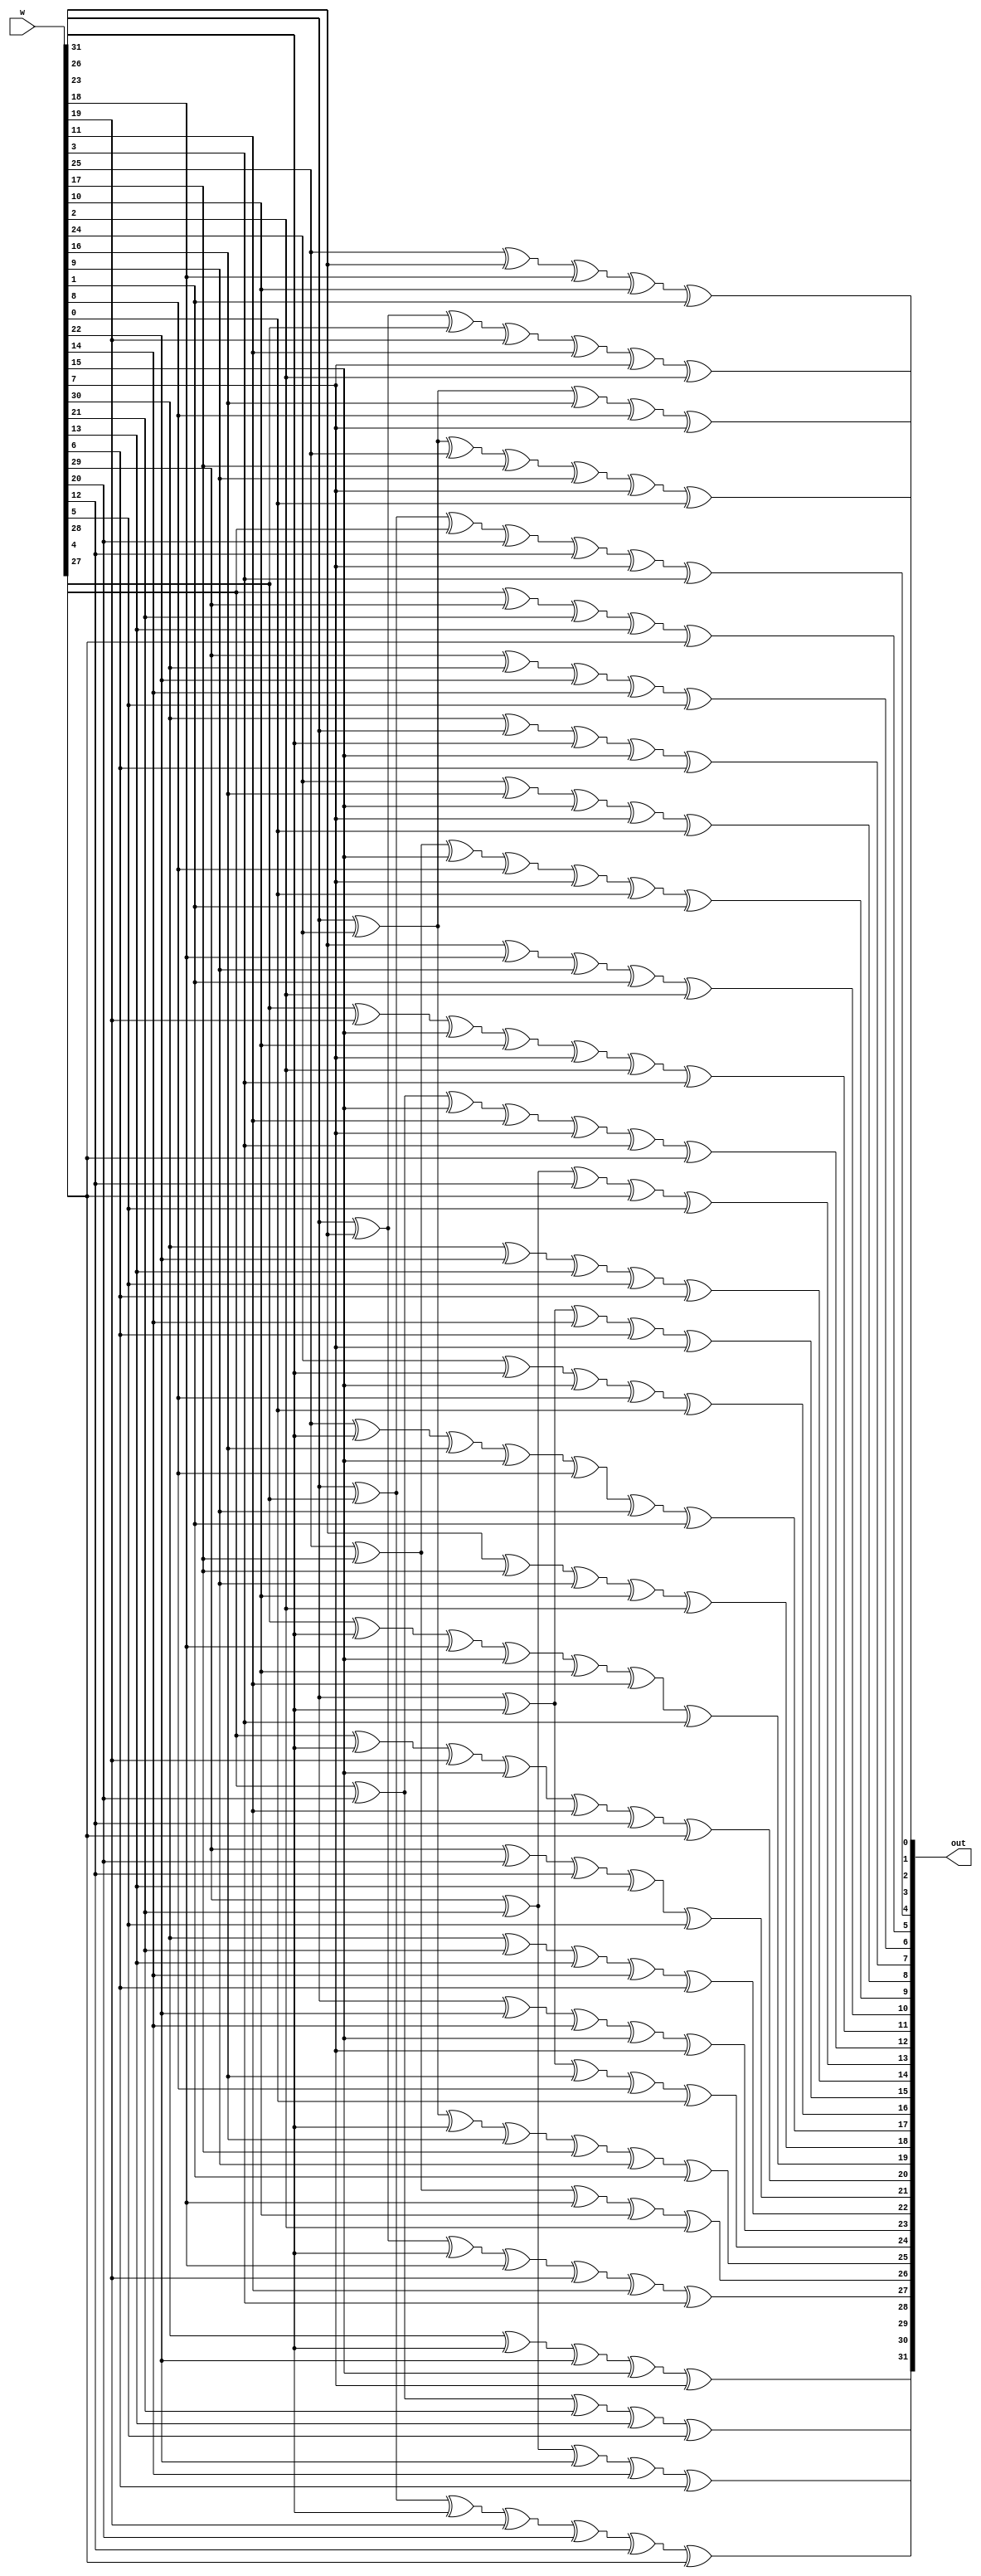
module mixw (
	input	[31:0]	w,
	output	[31:0]	out
);

assign out[31] = w[30] ^ w[23] ^ w[22] ^ w[15] ^ w[7];
assign out[30] = w[29] ^ w[21] ^ w[22] ^ w[14] ^ w[6];
assign out[29] = w[28] ^ w[20] ^ w[21] ^ w[13] ^ w[5];
assign out[28] = w[31] ^ w[27] ^ w[23] ^ w[19] ^ w[20] ^ w[12] ^ w[4];
assign out[27] = w[31] ^ w[26] ^ w[23] ^ w[18] ^ w[19] ^ w[11] ^ w[3];
assign out[26] = w[25] ^ w[17] ^ w[18] ^ w[10] ^ w[2];
assign out[25] = w[31] ^ w[24] ^ w[23] ^ w[16] ^ w[17] ^ w[9]  ^ w[1];
assign out[24] = w[31] ^ w[23] ^ w[16] ^ w[8]  ^ w[0];
assign out[23] = w[31] ^ w[22] ^ w[14] ^ w[15] ^ w[7];
assign out[22] = w[30] ^ w[21] ^ w[13] ^ w[14] ^ w[6];
assign out[21] = w[29] ^ w[20] ^ w[12] ^ w[13] ^ w[5];
assign out[20] = w[28] ^ w[23] ^ w[19] ^ w[15] ^ w[11] ^ w[12] ^ w[4];
assign out[19] = w[27] ^ w[23] ^ w[18] ^ w[15] ^ w[10] ^ w[11] ^ w[3];
assign out[18] = w[26] ^ w[17] ^ w[9]  ^ w[10] ^ w[2];
assign out[17] = w[25] ^ w[23] ^ w[16] ^ w[15] ^ w[8]  ^ w[9]  ^ w[1];
assign out[16] = w[24] ^ w[23] ^ w[15] ^ w[8]  ^ w[0];
assign out[15] = w[31] ^ w[23] ^ w[14] ^ w[6]  ^ w[7];
assign out[14] = w[30] ^ w[22] ^ w[13] ^ w[5]  ^ w[6];
assign out[13] = w[29] ^ w[21] ^ w[12] ^ w[4]  ^ w[5];
assign out[12] = w[28] ^ w[20] ^ w[15] ^ w[11] ^ w[7]  ^ w[3]  ^ w[4];
assign out[11] = w[27] ^ w[19] ^ w[15] ^ w[10] ^ w[7]  ^ w[2]  ^ w[3];
assign out[10] = w[26] ^ w[18] ^ w[9]  ^ w[1]  ^ w[2];
assign out[9]  = w[25] ^ w[17] ^ w[15] ^ w[8]  ^ w[7]  ^ w[0]  ^ w[1];
assign out[8]  = w[24] ^ w[16] ^ w[15] ^ w[7]  ^ w[0];
assign out[7]  = w[30] ^ w[31] ^ w[23] ^ w[15] ^ w[6];
assign out[6]  = w[29] ^ w[30] ^ w[22] ^ w[14] ^ w[5];
assign out[5]  = w[28] ^ w[29] ^ w[21] ^ w[13] ^ w[4];
assign out[4]  = w[31] ^ w[27] ^ w[28] ^ w[20] ^ w[12] ^ w[7]  ^ w[3];
assign out[3]  = w[31] ^ w[26] ^ w[27] ^ w[19] ^ w[11] ^ w[7]  ^ w[2];
assign out[2]  = w[25] ^ w[26] ^ w[18] ^ w[10] ^ w[1];
assign out[1]  = w[31] ^ w[24] ^ w[25] ^ w[17] ^ w[9]  ^ w[7]  ^ w[0];
assign out[0]  = w[31] ^ w[24] ^ w[16] ^ w[8]  ^ w[7];

endmodule

module mixcolumns (
	input	[127:0]	data,
	output	[127:0]	out
);

mixw u3 (
	.w		(data[127:96]),
	.out	(out[127:96])
);

mixw u2 (
	.w		(data[95:64]),
	.out	(out[95:64])
);

mixw u1 (
	.w		(data[63:32]),
	.out	(out[63:32])
);

mixw u0 (
	.w		(data[31:0]),
	.out	(out[31:0])
);

endmodule